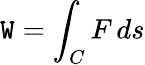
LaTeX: \mathtt{W}=\int_{C}F\, ds